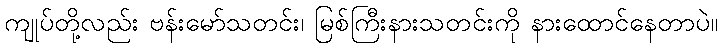
ကျုပ်တို့လည်း ဗန်းမော်သတင်း၊ မြစ်ကြီးနားသတင်းကို နားထောင်နေတာပဲ။